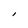
Character: l